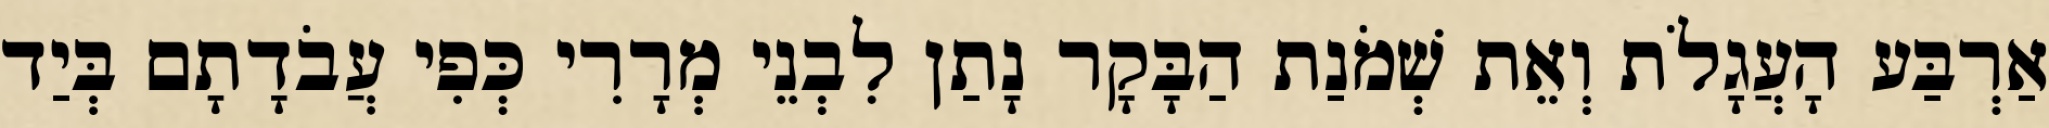
אַרְבַּע הָעֲגָלֹת וְאֵת שְׁמֹנַת הַבָּקָר נָתַן לִבְנֵי מְרָרִי כְּפִי עֲבֹדָתָם בְּיַד